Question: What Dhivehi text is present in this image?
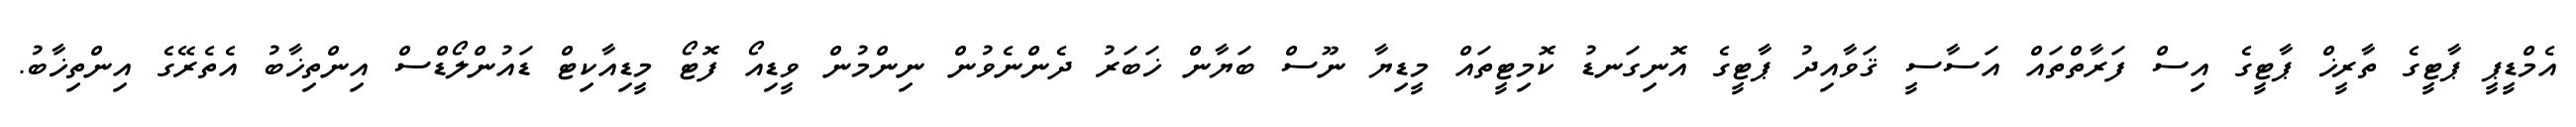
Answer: އެމްޑީޕީ ޕާޓީގެ ތާރީޚް ޕާޓީގެ އިސް ފަރާތްތައް އަސާސީ ޤަވާއިދު ޕާޓީގެ އޮނިގަނޑު ކޮމިޓީތައް މީޑިޔާ ނޫސް ބަޔާން ޚަބަރު ދެންނެވުން ނިންމުން ވީޑިއޯ ފޮޓޯ މީޑިއާކިޓް ޑައުންލޯޑްސް އިންތިޚާބު އެތެރޭގެ އިންތިޚާބު.